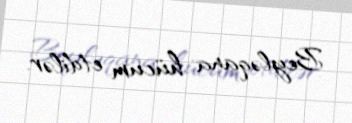
Beyləqana hücum etdilər.